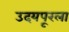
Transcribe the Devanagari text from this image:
उदयपूरला